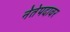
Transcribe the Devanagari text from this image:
नेतेपदावर